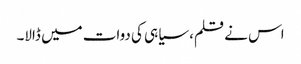
اس نے قلم، سیاہی کی دوات میں ڈالا۔